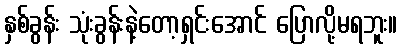
နှစ်ခွန်း သုံးခွန်းနဲ့တော့ရှင်းအောင် ပြောလို့မရဘူး။